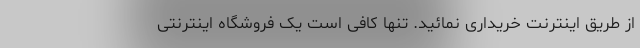
از طریق اینترنت خریداری نمائید. تنها کافی است یک فروشگاه اینترنتی